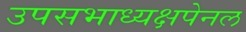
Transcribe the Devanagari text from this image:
उपसभाध्यक्षपेनल